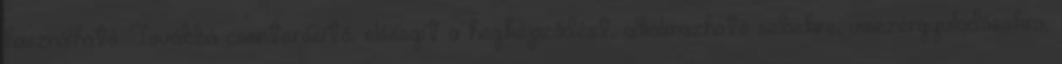
használható. Továbbá csonterősítő, elősegít a hegképződést, alkalmazható sebekre, visszérgyulladásokra,